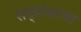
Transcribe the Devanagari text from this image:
सद्ग्रंथांचा